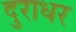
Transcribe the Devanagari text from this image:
दुराधर